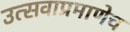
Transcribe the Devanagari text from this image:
उत्सवाप्रमाणेच